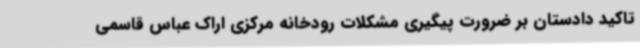
تاکید دادستان بر ضرورت پیگیری مشکلات رودخانه مرکزی اراک عباس قاسمی